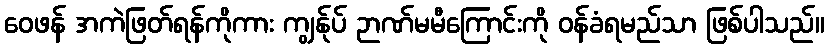
ဝေဖန် အကဲဖြတ်ရန်ကိုကား ကျွန်ုပ် ဉာဏ်မမီကြောင်းကို ဝန်ခံရမည်သာ ဖြစ်ပါသည်။